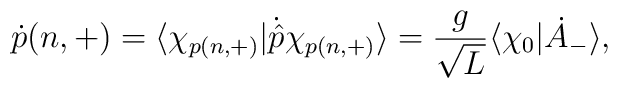
\dot p(n,+) = \langle \chi_{p(n, +)}|\dot{\hat p}\chi_{p(n, +)}\rangle            =\frac{g}{\sqrt L}\langle\chi_0|\dot A_-\rangle,